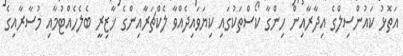
އަތޮޅު ކައުންސިލްގެ އިދާރާއިން ހިންގާ ކޯސްތަކުގައި ކިޔަވައިދެއްވާ ލެކްޗަރާއިންގެ ޚާޒިރީ ބެލެހެއްޓުމާއި މުސާރާއިގެ